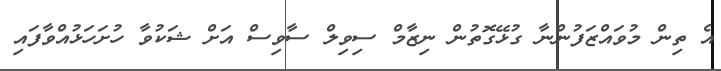
އެ ތިން މުވައްޒަފުންނާ ގުޅޭގޮތުން ނިޒާމް ސިވިލް ސާވިސް އަށް ޝަކުވާ ހުށަހަޅުއްވާފައި